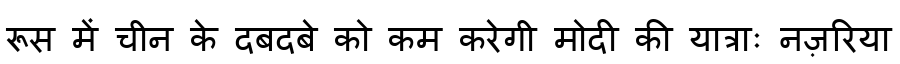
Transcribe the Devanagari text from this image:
रूस में चीन के दबदबे को कम करेगी मोदी की यात्राः नज़रिया